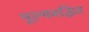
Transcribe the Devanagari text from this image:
मूल्यवद्धित